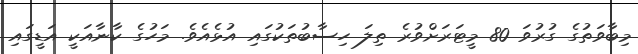
މިބާވަތުގެ ގުރުވަ 80 މީޓަރަށްވުރެ ތިލަ ހިސާބުތަކުގައި އުޅެއެވެ. މަހުގެ ކާނާއަކީ އަޑީގައި